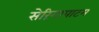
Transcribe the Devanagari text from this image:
सेरिंगापाटम